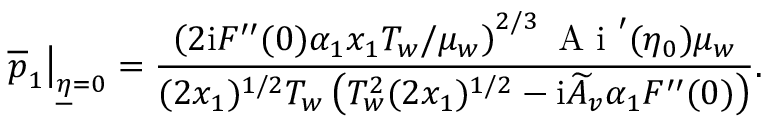
\left. \overline { { p } } _ { 1 } \right\vert _ { \underline { { \eta } } = 0 } = \frac { \left( 2 \mathrm { i } F ^ { \prime \prime } ( 0 ) \alpha _ { 1 } x _ { 1 } T _ { w } / \mu _ { w } \right) ^ { 2 / 3 } \mathrm { ~ A ~ i ~ } ^ { \prime } ( \eta _ { 0 } ) \mu _ { w } } { ( 2 x _ { 1 } ) ^ { 1 / 2 } T _ { w } \left( T _ { w } ^ { 2 } ( 2 x _ { 1 } ) ^ { 1 / 2 } - \mathrm { i } \widetilde { A } _ { v } \alpha _ { 1 } F ^ { \prime \prime } ( 0 ) \right) } .